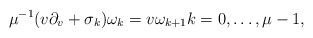
\begin{align*}\mu^{-1}(v\partial_v+\sigma_k)\omega_k=v\omega_{k+1}k=0,\dots,\mu-1,\end{align*}